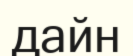
дайн